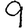
Digit: 9